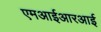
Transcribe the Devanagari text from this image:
एमआईआरआई